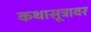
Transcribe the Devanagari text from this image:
कथासूत्रावर